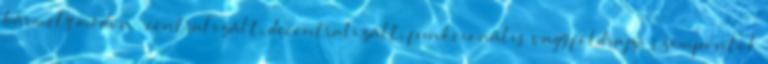
bármely módon – centralizált, decentralizált, funkcionális vagy földrajzi szempontok